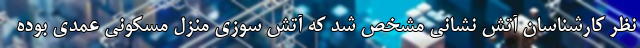
نظر کارشناسان آتش نشانی مشخص شد که آتش سوزی منزل مسکونی عمدی بوده